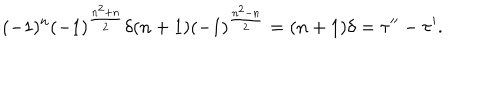
LaTeX: ( - 1 ) ^ { n } ( - 1 ) ^ { \frac { n ^ { 2 } + n } { 2 } } \delta ( n + 1 ) ( - 1 ) ^ { \frac { n ^ { 2 } - n } { 2 } } = ( n + 1 ) \delta = \tau ^ { \prime \prime } - \tau ^ { \prime } .